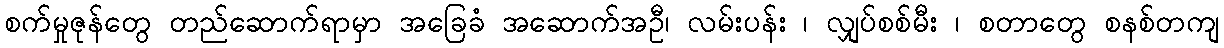
စက်မှုဇုန်တွေ တည်ဆောက်ရာမှာ အခြေခံ အဆောက်အဦ၊ လမ်းပန်း ၊ လျှပ်စစ်မီး ၊ စတာတွေ စနစ်တကျ